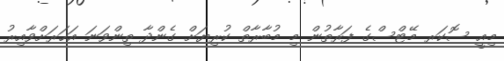
މިއީ ސޮކަރ މޭޓްސްގެ ފަރާތުން މި މުބާރާތް ކުރިޔަށް ގެންދާ ތިންވަނަ އަހަރަށްވާއިރު